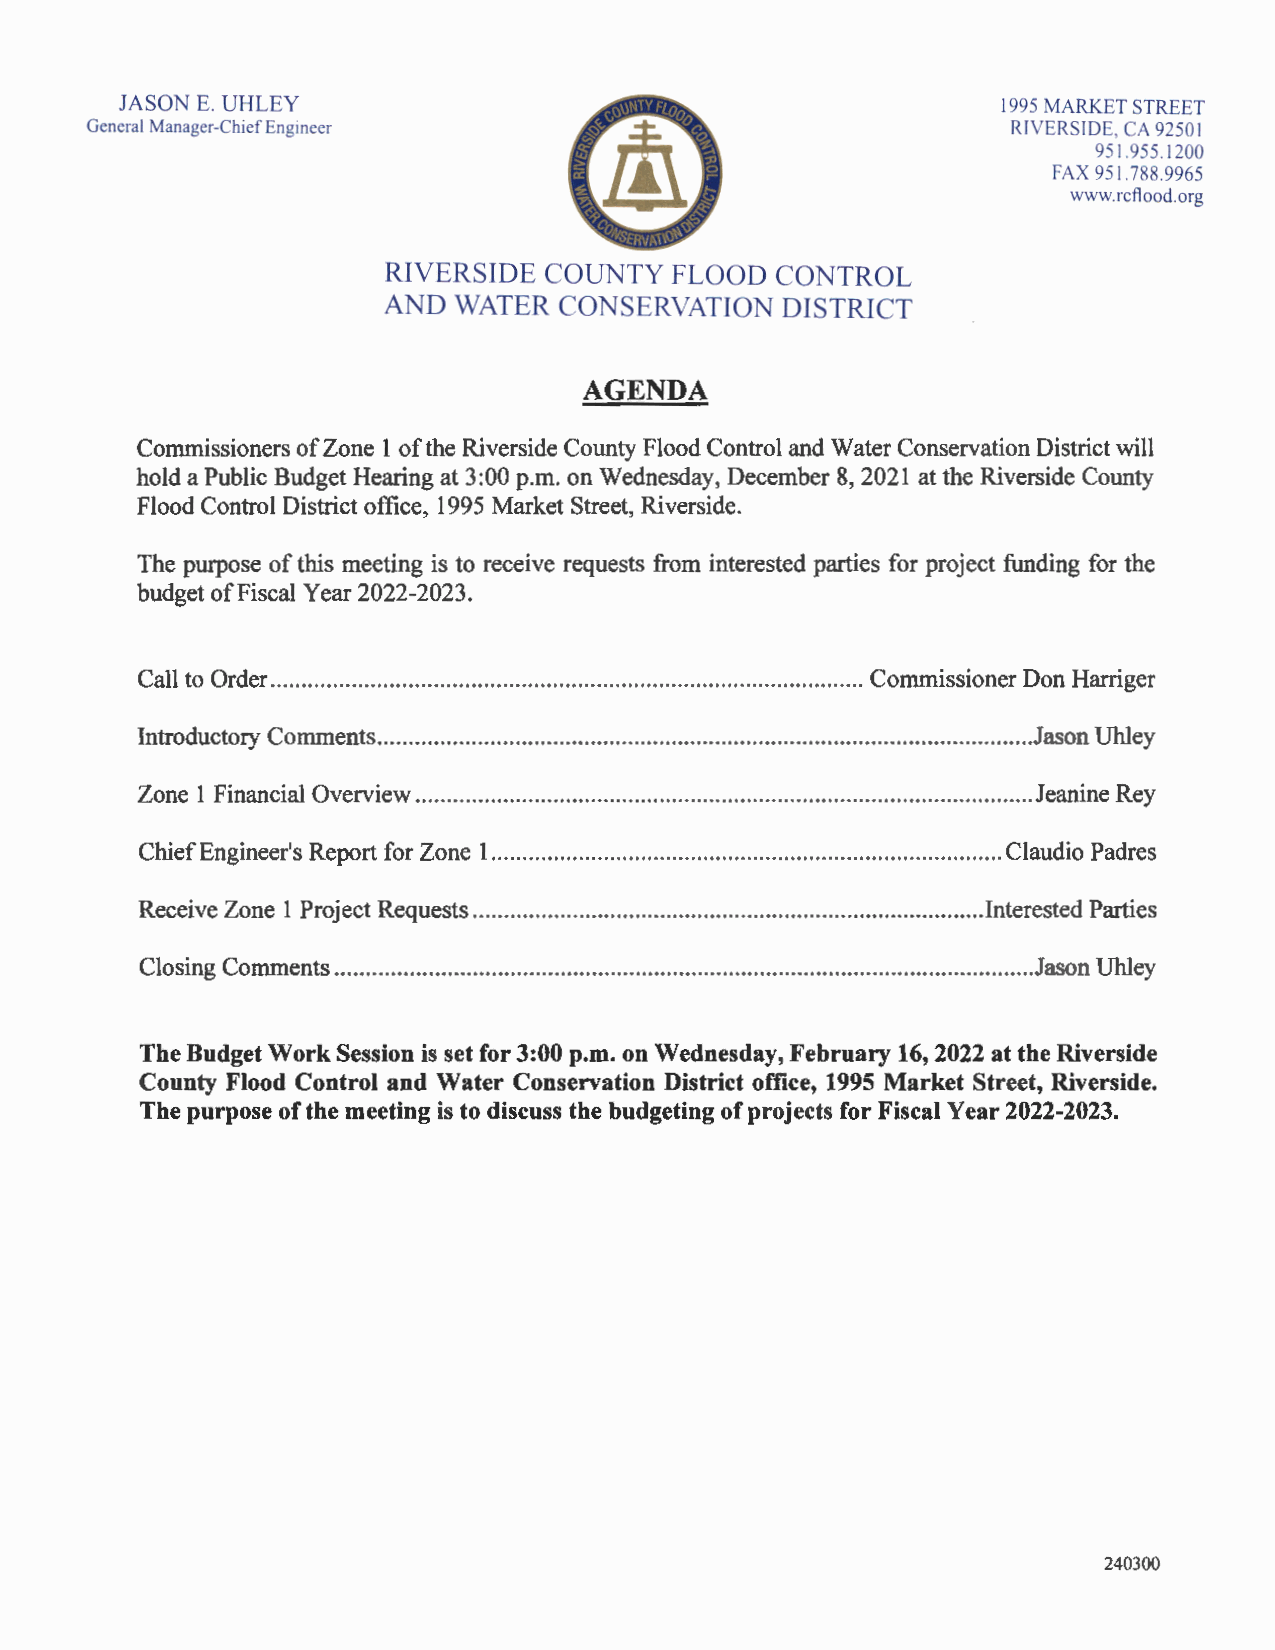
JASON E. UHLEY                                            1995 MARKET STREET
 General Manager-Chief Engineer                               RIVERSIDE, CA 92501
 951.955.1200
 FAX 951.788.9965
 www.rcflood.org
 RIVERSIDE COUNTY   FLOOD CONTROL
 AND  WATER  CONSERVATION   DISTRICT
 AGENDA
 Commissioners of Zone 1 of the Riverside County Flood Control and Water Conservation District will
 hold a Public Budget Hearing at 3:00 p.m. on Wednesday, December 8, 2021 at the Riverside County
 Flood Control District office, 1995 Market Street, Riverside.
 The purpose of this meeting is to receive requests from interested parties for project funding for the
 budget of Fiscal Year 2022-2023.
 Call to Order ............................................................................................... Commissioner Don Harriger
 Introductory Comments ......................................................................................................... Jason Uhley
 Zone 1 Financial Overview ................................................................................................... Jeanine Rey
 Chief Engineer's Report for Zone 1 .................................................................................. Claudio Padres
 Receive Zone 1 Project Requests ................................................................................. .Interested Parties
 Closing Comments ................................................................................................................ Jason Uhley
 The Budget Work Session is set for 3:00 p.m. on Wednesday, February 16, 2022 at the Riverside
 County Flood Control and Water Conservation District office, 1995 Market Street, Riverside.
 The purpose of the meeting is to discuss the budgeting of projects for Fiscal Year 2022-2023.
 240300